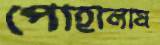
পোহালাম